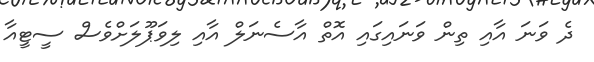
ދެ ވަނަ އާއި ތިން ވަނައިގައި އޮތް އާސެނަލް އާއި ލިވަޕޫލަށްވެސް ސީޓީއާ